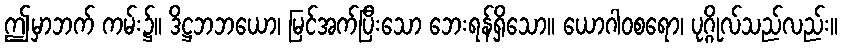
ဤမှာဘက် ကမ်း၌။ ဒိဋ္ဌဘဘယော၊ မြင်အက်ပြီးသော ဘေးရန်ရှိသော။ ယောဂါဝစရော၊ ပုဂ္ဂိုလ်သည်လည်း။